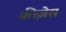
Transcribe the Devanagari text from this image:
फ़्रीज़ेस